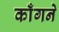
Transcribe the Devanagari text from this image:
काँगने